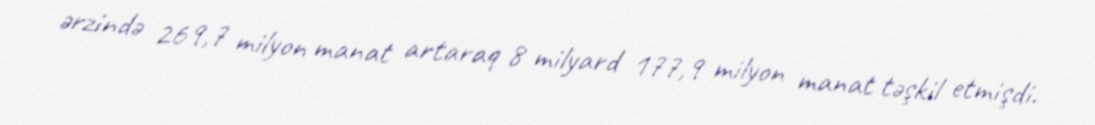
ərzində 269,7 milyon manat artaraq 8 milyard 177,9 milyon manat təşkil etmişdi.